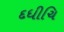
દધીચિ